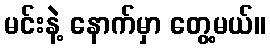
မင်းနဲ့ နောက်မှာ တွေ့မယ်။